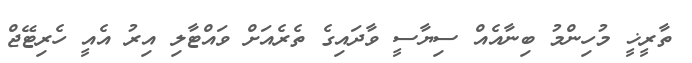
ތާރީޚީ މުހިންމު ބިނާއެއް ސިޔާސީ ވާދައިގެ ތެރެއަށް ވައްޓާލި އިރު އެއީ ހެރިޓޭޖް